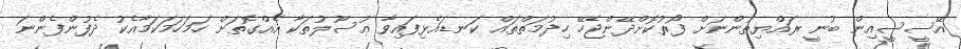
އޭސީސީއިން ބުނީ ރައްޔިތުންނަށް ފޯރުކޮށްދޭންޖެހޭ ހިދުމަތްތައް ކަނޑައެޅިފައިވާ އުސޫލުތަކާ އެއްގޮތަށް ހަމަހަމަކަމާއެކު ދެފުންފެންނަ